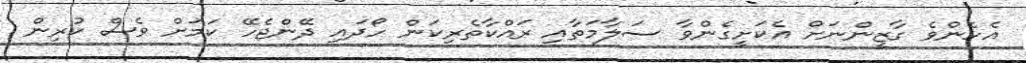
އެހެންވެ ގާޒީންނަށް އެކަށީގެންވާ ސަލާމަތާއި ރައްކާތެރިކަން ހޯދައި ދޭންޖެހޭ ކަމަށް ވެސް ކުރިން